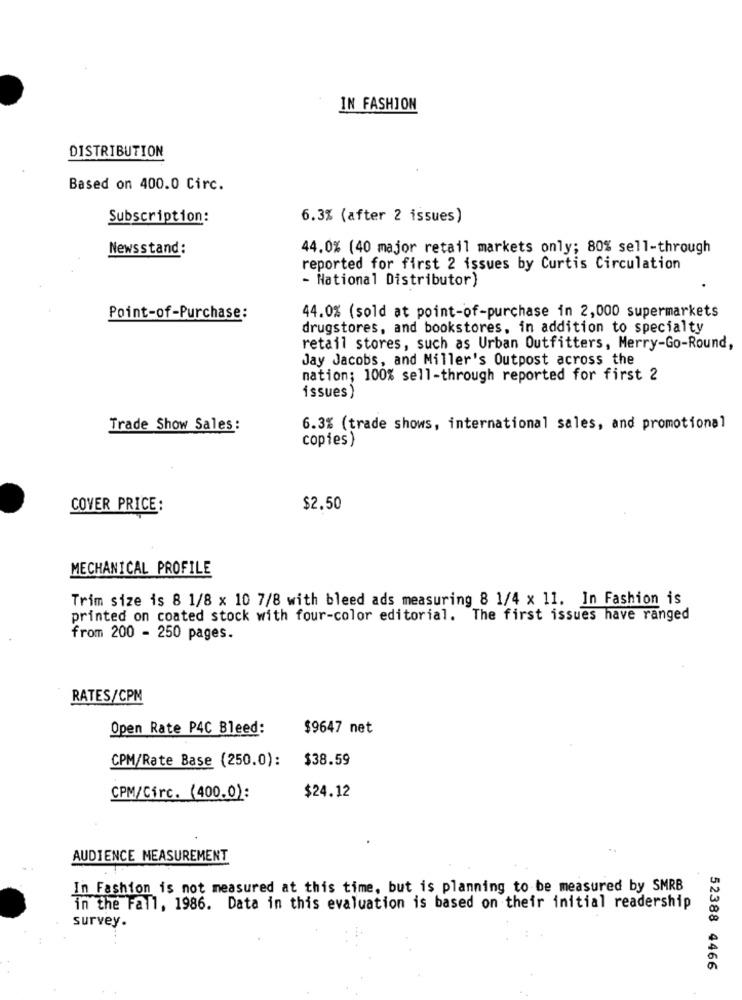
IN FASHION
DISTRIBUTION
Based on 400.0 Circ.
Subscription:
6.3% (after 2 issues)
Newsstand:
44.0% (40 major retail markets only; 80% sell-through
reported for first 2 issues by Curtis Circulation
- National Distributor)
44.0% (sold at point-of-purchase in 2,000 supermarkets
Point-of-Purchase:
drugstores, and bookstores, in addition to specialty
retail stores, such as Urban Outfitters, Merry-Go-Round,
Jay Jacobs, and Miller's Outpost across the
nation; 100% sell-through reported for first 2
issues )
Trade Show Sales:
6.3% (trade shows, international sales, and promotional
copies )
COVER PRICE:
$2.50
MECHANICAL PROFILE
Trim size is 8 1/8 x 10 7/8 with bleed ads measuring 8 1/4 x 11. In Fashion is
printed on coated stock with four-color editorial. The first issues have ranged
from 200 - 250 pages.
RATES/CPM
Open Rate P4C Bleed:
$9647 net
$38.59
CPM/Rate Base (250.0):
CPM/Circ. (400.0):
$24.12
AUDIENCE MEASUREMENT
In Fashion is not measured at this time, but is planning to be measured by SMRB
in the Fall, 1986. Data in this evaluation is based on their initial readership
survey.
52388 4466